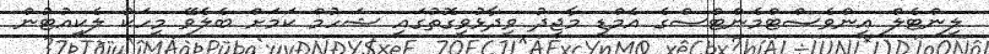
ލިންޓެލް އިންވެސްޓްމެންޓްސްގެ އެމްޑީ މާޖިދު ވިދާޅުވިގޮތުގައި ޝަހުމް ކަމަށް ބެލެވޭ މީހަކު ލެކިއުޓުން